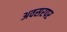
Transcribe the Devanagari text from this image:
अवसरपर